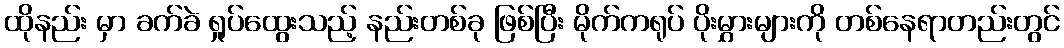
ထိုနည်း မှာ ခက်ခဲ ရှုပ်ထွေးသည့် နည်းတစ်ခု ဖြစ်ပြီး မိုက်ကရုပ် ပိုးမွှားများကို တစ်နေရာတည်းတွင်